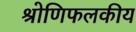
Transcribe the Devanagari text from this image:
श्रोणिफलकीय